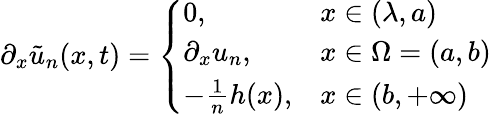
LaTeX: \partial_{x}\tilde{u}_{n}(x,t)=\left\{ \begin{array}{ll}{0,}&{x\in(\lambda,a)}\\ {\partial_{x}u_{n},}&{x\in\Omega=(a,b)}\\ {-\frac{1}{n}h(x),}&{x\in(b,+\infty)}\end{array}\right.